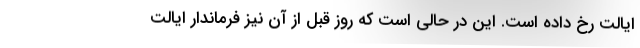
ایالت رخ داده است. این در حالی است که روز قبل از آن نیز فرماندار ایالت